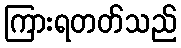
ကြားရတတ်သည်